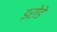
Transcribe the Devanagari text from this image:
इरोडे